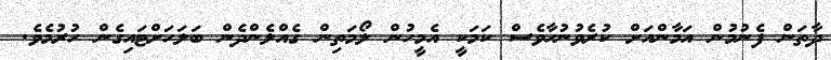
ދާތަން ފެނުމުން އަމާންއަށް ކުރެވުނުހާވެސް ކަމަކީ އެމީހުން ލޯމަތިން ގެއްލެންދެން ބަލަހަށްޓައިގެން ހުރުމެވެ.